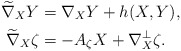
\begin{align*}\widetilde{\nabla}_X Y &= \nabla _{X} Y+h(X,Y), \\\widetilde{\nabla}_X \zeta &=-A_{\zeta} X+\nabla _{X}^{\bot } \zeta. \end{align*}